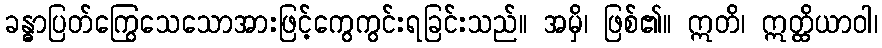
ခန္ဓာပြတ်ကြွေသေသောအားဖြင့်ကွေကွင်းရခြင်းသည်။ အမှိ၊ ဖြစ်၏။ ဣတိ၊ ဣတ္ထိယာဝါ၊